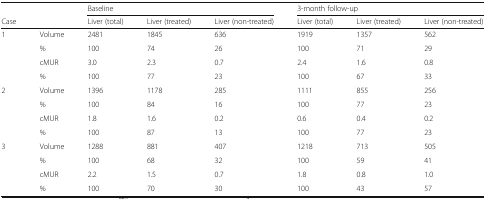
<table><thead><tr><td></td><td></td><td colspan="3"><b>Baseline</b></td><td colspan="3"><b>3-month follow-up</b></td></tr><tr><td><b>Case</b></td><td></td><td><b>Liver (total)</b></td><td><b>Liver (treated)</b></td><td><b>Liver (non-treated)</b></td><td><b>Liver (total)</b></td><td><b>Liver (treated)</b></td><td><b>Liver (non-treated)</b></td></tr></thead><tbody><tr><td rowspan="4">1</td><td>Volume</td><td>2481</td><td>1845</td><td>636</td><td>1919</td><td>1357</td><td>562</td></tr><tr><td>%</td><td>100</td><td>74</td><td>26</td><td>100</td><td>71</td><td>29</td></tr><tr><td>cMUR</td><td>3.0</td><td>2.3</td><td>0.7</td><td>2.4</td><td>1.6</td><td>0.8</td></tr><tr><td>%</td><td>100</td><td>77</td><td>23</td><td>100</td><td>67</td><td>33</td></tr><tr><td rowspan="4">2</td><td>Volume</td><td>1396</td><td>1178</td><td>285</td><td>1111</td><td>855</td><td>256</td></tr><tr><td>%</td><td>100</td><td>84</td><td>16</td><td>100</td><td>77</td><td>23</td></tr><tr><td>cMUR</td><td>1.8</td><td>1.6</td><td>0.2</td><td>0.6</td><td>0.4</td><td>0.2</td></tr><tr><td>%</td><td>100</td><td>87</td><td>13</td><td>100</td><td>77</td><td>23</td></tr><tr><td rowspan="4">3</td><td>Volume</td><td>1288</td><td>881</td><td>407</td><td>1218</td><td>713</td><td>505</td></tr><tr><td>%</td><td>100</td><td>68</td><td>32</td><td>100</td><td>59</td><td>41</td></tr><tr><td>cMUR</td><td>2.2</td><td>1.5</td><td>0.7</td><td>1.8</td><td>0.8</td><td>1.0</td></tr><tr><td>%</td><td>100</td><td>70</td><td>30</td><td>100</td><td>43</td><td>57</td></tr></tbody></table>